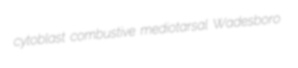
cytoblast combustive mediotarsal Wadesboro